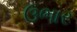
ઉભાર